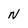
Character: N